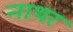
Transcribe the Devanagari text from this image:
नाथर